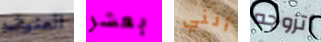
العنيف بعشر أنني أتزوجه